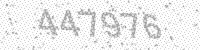
Solution: 447976